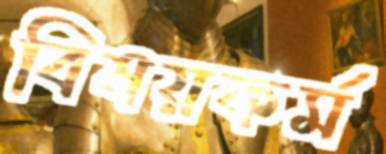
বিষয়কর্ম